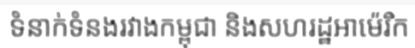
ទំនាក់ទំនងរវាងកម្ពុជា និងសហរដ្ឋអាម៉េរិក